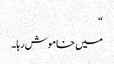
“
میں خاموش رہا۔